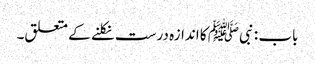
باب : نبیﷺ کا اندازہ درست نکلنے کے متعلق۔